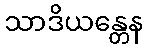
သာဒိယန္တေန